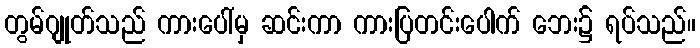
တွမ်ဂျုတ်သည် ကားပေါ်မှ ဆင်းကာ ကားပြတင်းပေါက် ဘေး၌ ရပ်သည်။